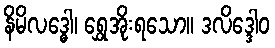
နိမိလဒ္ဓေါ၊ ရွှေအိုးရသော။ ဒလိဒ္ဒေါဝ